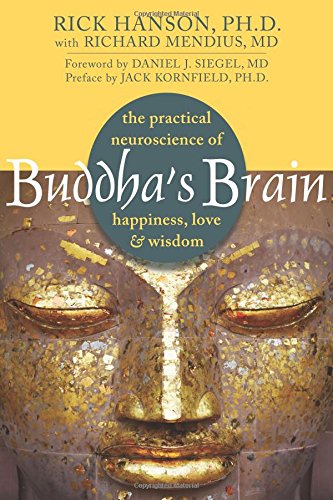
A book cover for Buddha's Brain: The Practical Neuroscience of Happiness, Love, and Wisdom; Rick Hanson; Self-Help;